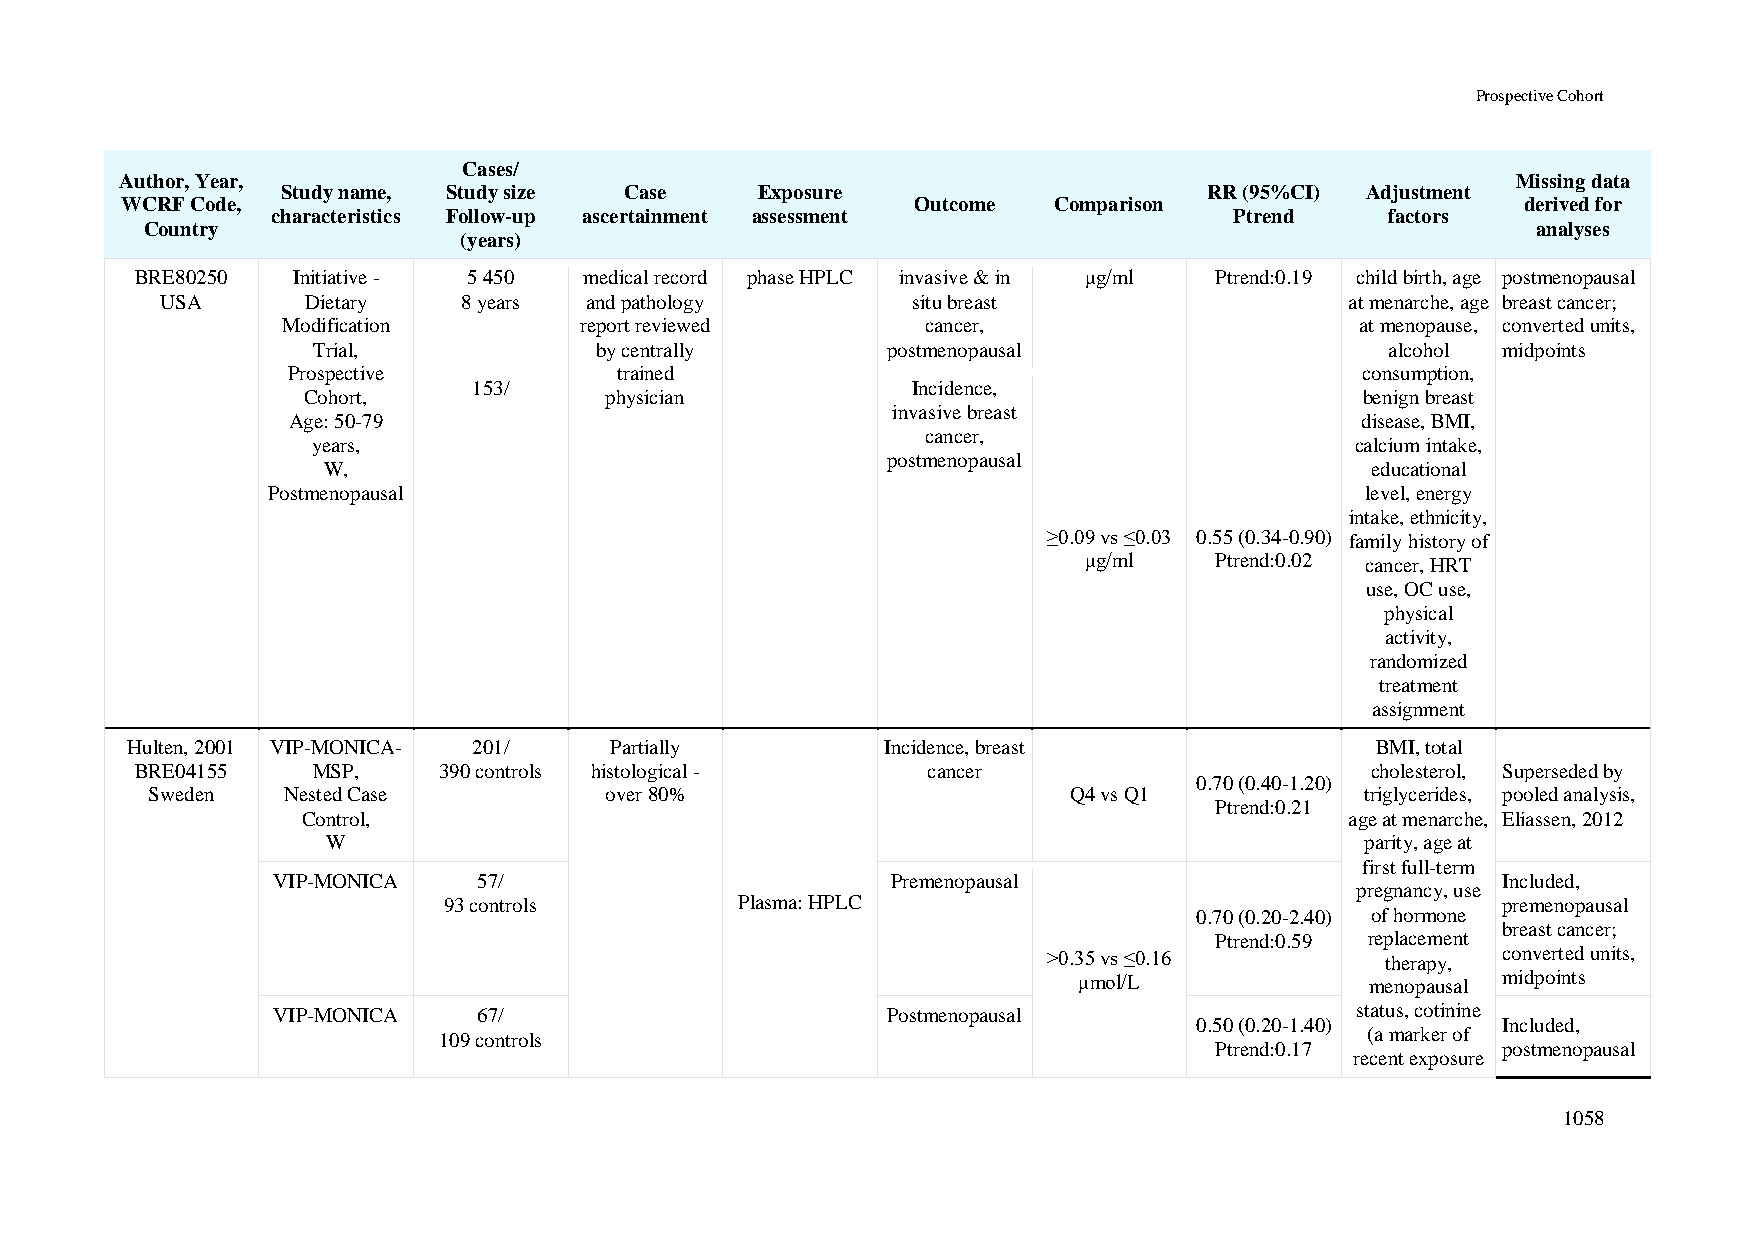
Prospective Cohort
 Cases/
 Author, Year,                                                                               Missing data
 Study name, Study size Case    Exposure                      RR (95%CI) Adjustment
 WCRF Code,                                           Outcome  Comparison                     derived for
 characteristics Follow-up ascertainment assessment              Ptrend    factors
 Country                                                                                     analyses
 (years)
 BRE80250  Initiative - 5 450  medical record phase HPLC invasive & in μg/ml Ptrend:0.19 child birth, age postmenopausal
 USA      Dietary    8 years and pathology        situ breast                  at menarche, age breast cancer;
 Modification       report reviewed        cancer,                      at menopause, converted units,
 Trial,            by centrally        postmenopausal                   alcohol midpoints
 Prospective           trained                                          consumption,
 153/                         Incidence,
 Cohort,             physician                                         benign breast
 invasive breast
 Age: 50-79                                                             disease, BMI,
 cancer,
 years,                                                               calcium intake,
 postmenopausal
 W,                                                                    educational
 Postmenopausal                                                          level, energy
 intake, ethnicity,
 ≥0.09 vs ≤0.03 0.55 (0.34-0.90) family history of
 μg/ml   Ptrend:0.02 cancer, HRT
 use, OC use,
 physical
 activity,
 randomized
 treatment
 assignment
 Hulten, 2001 VIP-MONICA- 201/   Partially          Incidence, breast               BMI, total
 BRE04155    MSP,    390 controls histological -     cancer                        cholesterol, Superseded by
 0.70 (0.40-1.20)
 Sweden   Nested Case          over 80%                       Q4 vs Q1           triglycerides, pooled analysis,
 Ptrend:0.21
 Control,                                                             age at menarche, Eliassen, 2012
 W                                                                   parity, age at
 first full-term
 VIP-MONICA    57/                        Premenopausal                           Included,
 pregnancy, use
 93 controls         Plasma: HPLC                                      premenopausal
 0.70 (0.20-2.40) of hormone
 breast cancer;
 Ptrend:0.59 replacement
 >0.35 vs ≤0.16         therapy, converted units,
 μmol/L              menopausal midpoints
 VIP-MONICA    67/                        Postmenopausal                 status, cotinine
 0.50 (0.20-1.40)    Included,
 109 controls                                                  (a marker of
 Ptrend:0.17        postmenopausal
 recent exposure
 1058